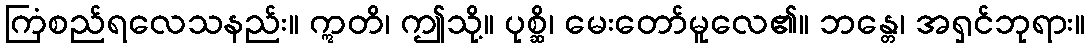
ကြံစည်ရလေသနည်း။ ဣတိ၊ ဤသို့။ ပုစ္ဆိ၊ မေးတော်မူလေ၏။ ဘန္တေ၊ အရှင်ဘုရား။